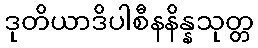
ဒုတိယာဒိပါစီနနိန္နသုတ္တ